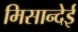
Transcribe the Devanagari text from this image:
मिसान्देई